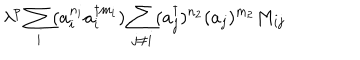
\lambda ^ { p } \sum _ { i } ( a _ { i } ^ { n _ { i } } a _ { i } ^ { \dagger m _ { i } } ) \sum _ { j \ne i } ( a _ { j } ^ { \dagger } ) ^ { n _ { 2 } } ( a _ { j } ) ^ { m _ { 2 } } M _ { i j }